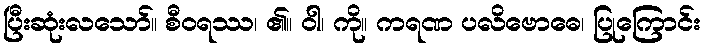
ပြီးဆုံးလသော်။ စီဝရဿ၊ ၏။ ဝါ၊ ကို။ ကရဏ ပလိဗောဓေ၊ ပြုကြောင်း